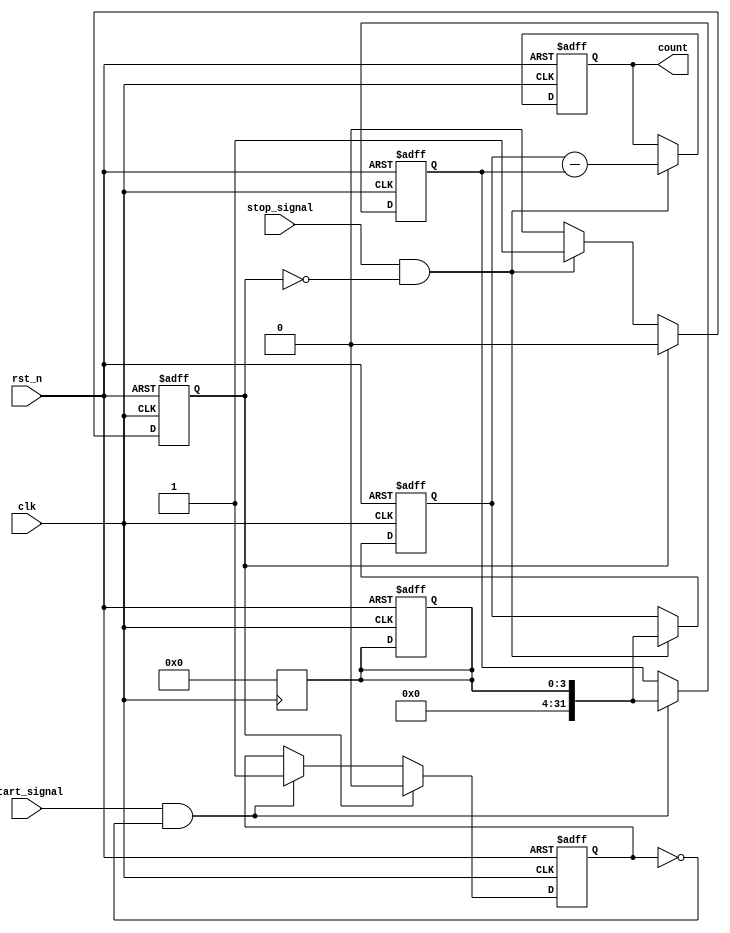
module TDC (
    input wire clk,          // System Clock
    input wire rst_n,        // Active Low Reset
    input wire start_signal, // Start Edge Input Signal
    input wire stop_signal,  // Stop Edge Input Signal
    output reg [31:0] count  // Digital Output for the Measured Time Interval
);

    // Internal signals
    reg [31:0] delay_line [0:15]; // 16 delay elements for coarse timing (can adjust size)
    reg [3:0] index;               // Delay line index
    reg start_edge_detected;       // Flag for start edge detection
    reg stop_edge_detected;        // Flag for stop edge detection
    reg [31:0] start_count;        // Count at start edge
    reg [31:0] stop_count;         // Count at stop edge

    // Initialization and edge detection
    always @(posedge clk or negedge rst_n) begin
        if (!rst_n) begin
            index <= 0;
            start_edge_detected <= 0;
            stop_edge_detected <= 0;
            count <= 0;
            start_count <= 0;
            stop_count <= 0;
        end else begin
            // Edge Detection for Start Signal
            if (start_signal && !start_edge_detected) begin
                start_count <= index;           // Capture current index
                start_edge_detected <= 1;      // Mark start edge detected
            end
            
            // Edge Detection for Stop Signal
            if (stop_signal && !stop_edge_detected) begin
                stop_count <= index;            // Capture current index
                stop_edge_detected <= 1;       // Mark stop edge detected
                count <= stop_count - start_count; // Calculate interval
            end

            // Reset detected edges on next clock
            if (stop_edge_detected) begin
                start_edge_detected <= 0;
                stop_edge_detected <= 0;
            end
        end
    end

    // Delay Line Generation: Simple linear delay
    always @(posedge clk) begin
        // Shift values in the delay line
        delay_line[0] <= start_signal;  // Input signal into the first delay element

        // Updating delay elements (This example assumes a 1 clock cycle delay per element for simplicity)
        for (index = 1; index < 16; index = index + 1) begin
            delay_line[index] <= delay_line[index - 1];
        end
    end

endmodule